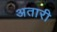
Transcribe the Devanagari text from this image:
अतारी